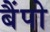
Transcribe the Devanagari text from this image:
बैंपो